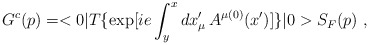
\begin{align*}G^{c}(p)=<0|T\{\exp[ie\int_{y}^{x} dx_{\mu}'\,A^{\mu (0)}(x')]\}|0>S_{F}(p) \,\,,\end{align*}